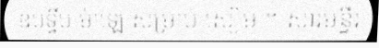
ឧបទ្វីប ម៉ាឡេ សម្រាប់ សៀម ។ សារមន្ទីរ